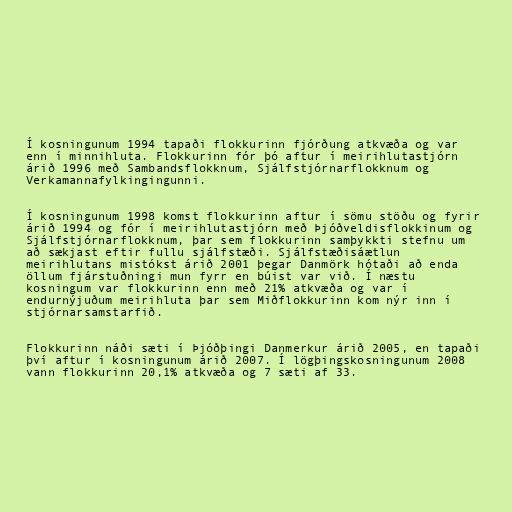
Í kosningunum 1994 tapaði flokkurinn fjórðung atkvæða og var
enn í minnihluta. Flokkurinn fór þó aftur í meirihlutastjórn
árið 1996 með Sambandsflokknum, Sjálfstjórnarflokknum og
Verkamannafylkingingunni.

Í kosningunum 1998 komst flokkurinn aftur í sömu stöðu og fyrir
árið 1994 og fór í meirihlutastjórn með Þjóðveldisflokkinum og
Sjálfstjórnarflokknum, þar sem flokkurinn samþykkti stefnu um
að sækjast eftir fullu sjálfstæði. Sjálfstæðisáætlun
meirihlutans mistókst árið 2001 þegar Danmörk hótaði að enda
öllum fjárstuðningi mun fyrr en búist var við. Í næstu
kosningum var flokkurinn enn með 21% atkvæða og var í
endurnýjuðum meirihluta þar sem Miðflokkurinn kom nýr inn í
stjórnarsamstarfið.

Flokkurinn náði sæti í Þjóðþingi Danmerkur árið 2005, en tapaði
því aftur í kosningunum árið 2007. Í lögþingskosningunum 2008
vann flokkurinn 20,1% atkvæða og 7 sæti af 33.